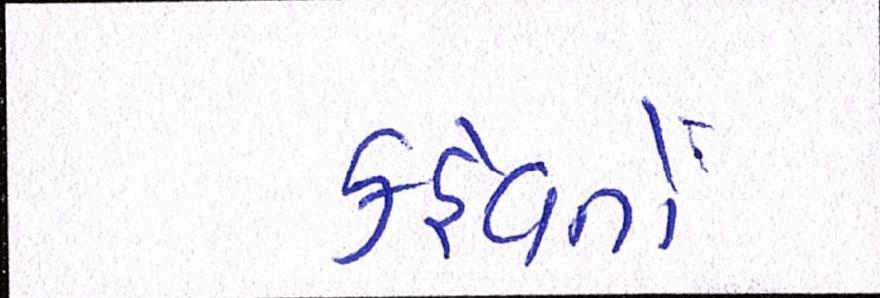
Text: કહેવતો